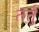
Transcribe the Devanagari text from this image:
तर्तुं